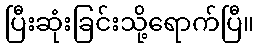
ပြီးဆုံးခြင်းသို့ရောက်ပြီ။